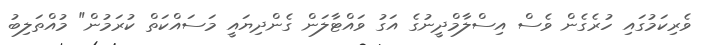
ވެރިކަމުގައި ހުރެގެން ވެސް އިސްލާމްދީނުގެ އަގު ވައްޓާލަން ގެންދިޔައީ މަސައްކަތް ކުރަމުން" މުއްތަލިބު